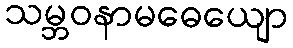
သမ္ဘဝနာမဓေယျော